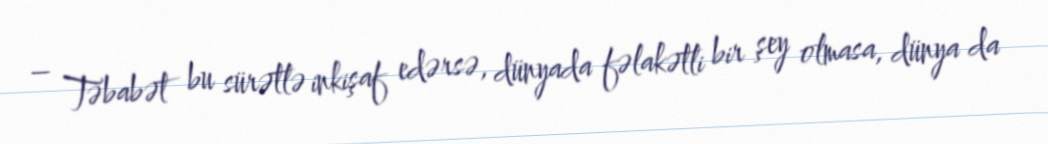
– Təbabət bu sürətlə inkişaf edərsə, dünyada fəlakətli bir şey olmasa, dünya da